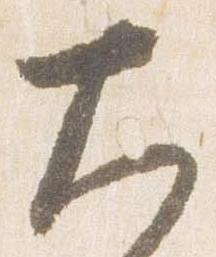
大